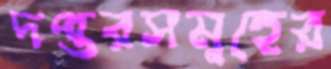
দপ্তরসমূহের